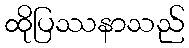
ထိုပြဿနာသည်